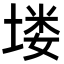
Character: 𪣻